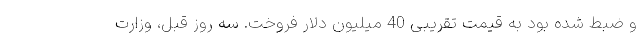
و ضبط شده بود به قیمت تقریبی 40 میلیون دلار فروخت. سه روز قبل، وزارت